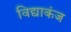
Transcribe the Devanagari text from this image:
विद्याकंज